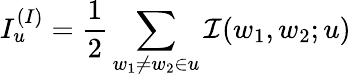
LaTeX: I_{u}^{(I)}=\frac{1}{2}\sum_{w_{1}\neq w_{2}\in u}\mathcal{I}(w_{1},w_{2};u)